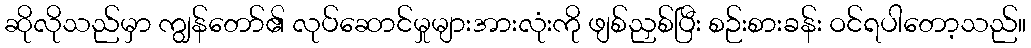
ဆိုလိုသည်မှာ ကျွန်တော်၏ လုပ်ဆောင်မှုများအားလုံးကို ဖျစ်ညှစ်ပြီး စဉ်းစားခန်း ဝင်ရပါတော့သည်။